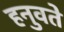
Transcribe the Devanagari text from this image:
हनुवते